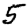
Digit: 5